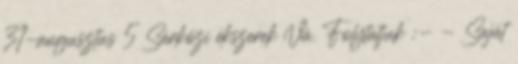
31-augusztus 5 Sárközi ékszerek Vá. Folytatjuk :- - Saját